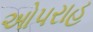
ઓપરાહ